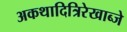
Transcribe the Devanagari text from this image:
अकथादित्रिरेखाब्जे